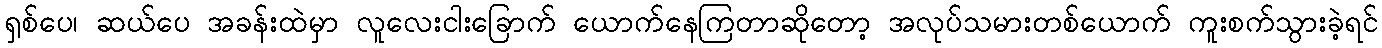
ရှစ်ပေ၊ ဆယ်ပေ အခန်းထဲမှာ လူလေးငါးခြောက် ယောက်နေကြတာဆိုတော့ အလုပ်သမားတစ်ယောက် ကူးစက်သွားခဲ့ရင်